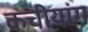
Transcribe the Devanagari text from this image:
कचीयांग